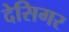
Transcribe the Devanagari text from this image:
देसिगर